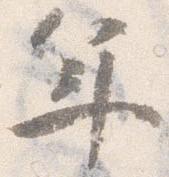
年